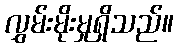
လွှမ်းမိုးမှုရှိသည်။